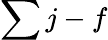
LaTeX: \sum j-f